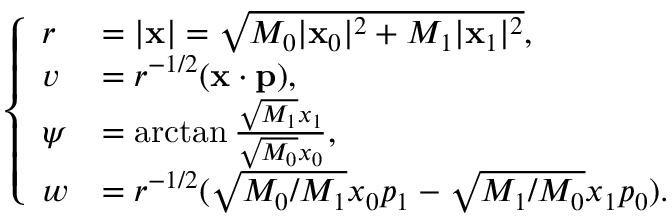
\begin{array} { r } { \left\{ \begin{array} { l l } { r } & { = | \mathbf { x } | = \sqrt { M _ { 0 } | \mathbf { x } _ { 0 } | ^ { 2 } + M _ { 1 } | \mathbf { x } _ { 1 } | ^ { 2 } } , } \\ { v } & { = r ^ { - 1 / 2 } ( \mathbf { x } \cdot \mathbf { p } ) , } \\ { \psi } & { = \arctan \frac { \sqrt { M _ { 1 } } x _ { 1 } } { \sqrt { M _ { 0 } } x _ { 0 } } , } \\ { w } & { = r ^ { - 1 / 2 } ( \sqrt { M _ { 0 } / M _ { 1 } } x _ { 0 } p _ { 1 } - \sqrt { M _ { 1 } / M _ { 0 } } x _ { 1 } p _ { 0 } ) . } \end{array} \right. } \end{array}